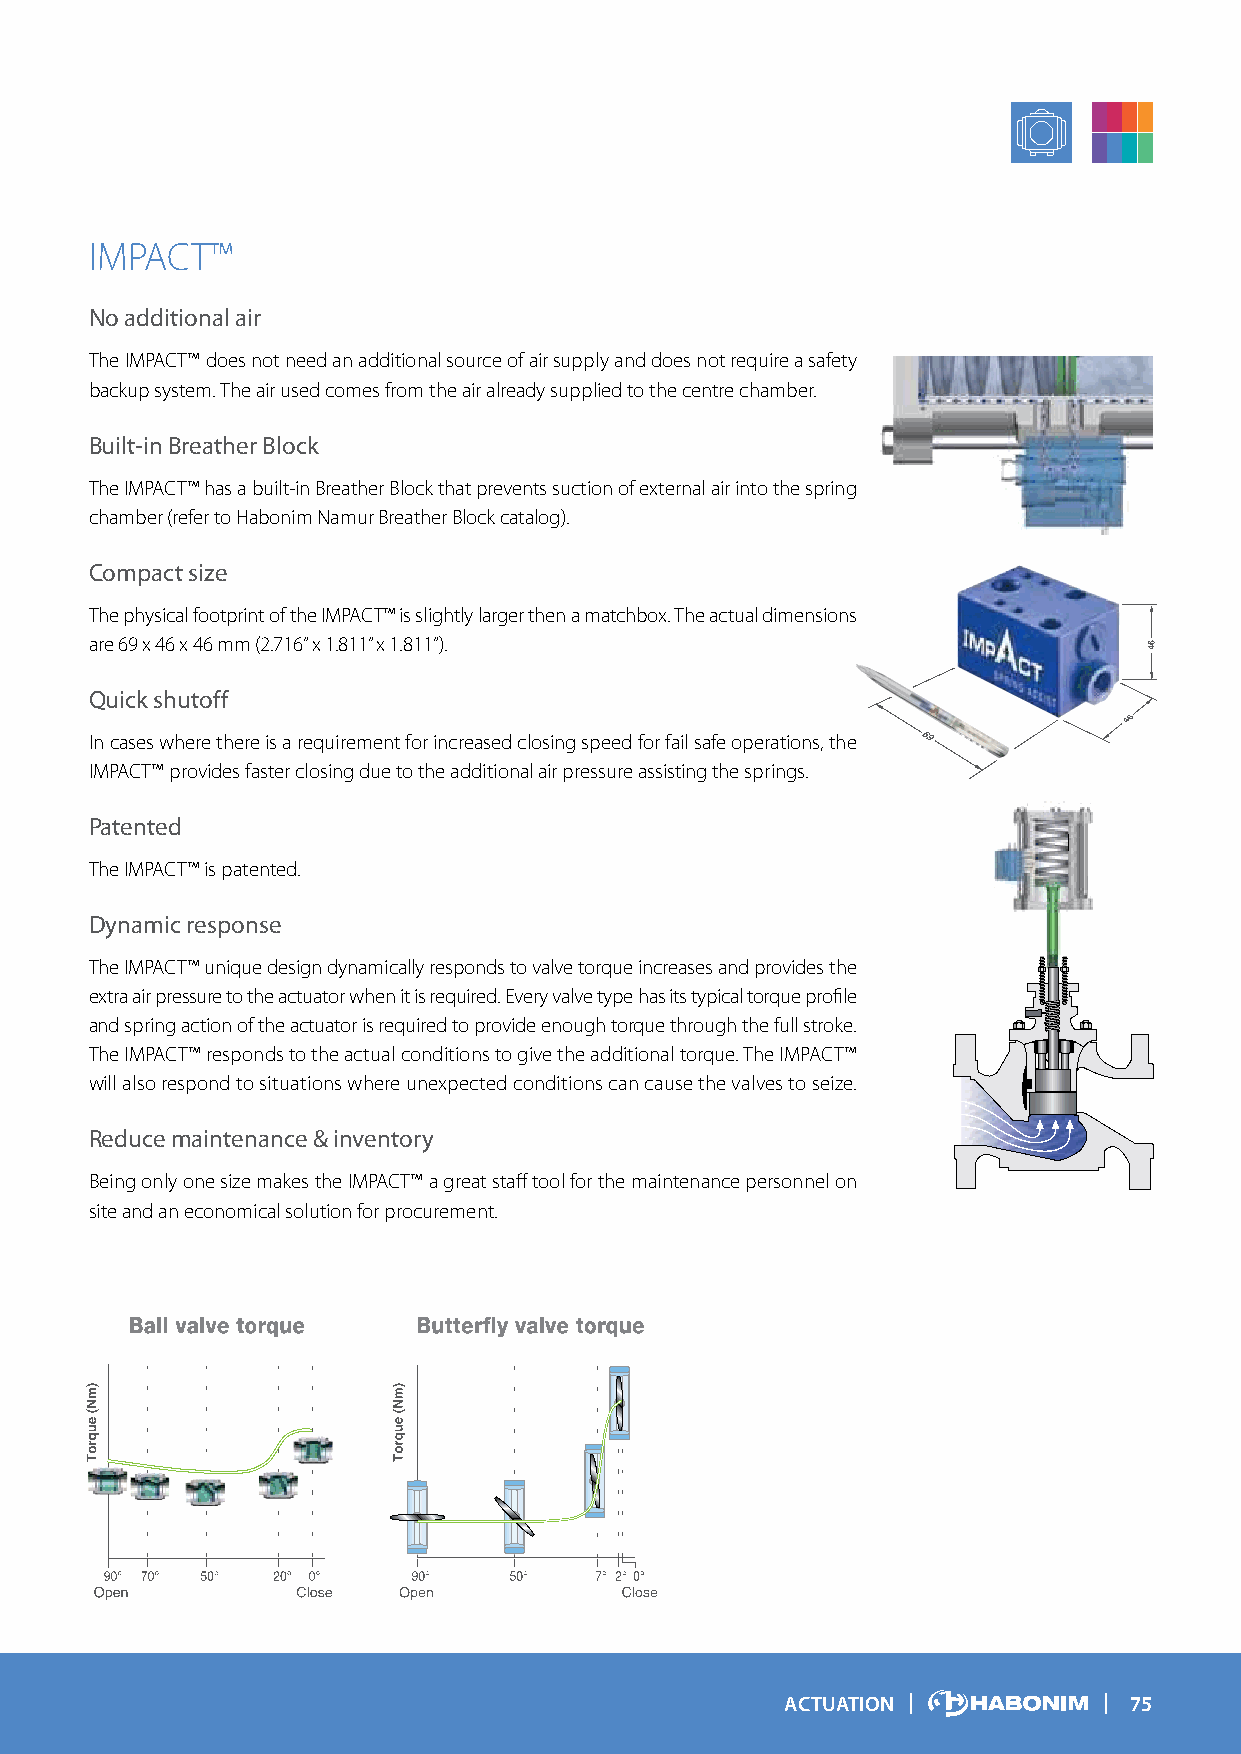
IMPACT™
 No additional air
 The IMPACT™ does not need an additional source of air supply and does not require a safety
 backup system. The air used comes from the air already supplied to the centre chamber.
 Built-in Breather Block
 The IMPACT™ has a built-in Breather Block that prevents suction of external air into the spring
 chamber (refer to Habonim Namur Breather Block catalog).
 Compact size
 The physical footprint of the IMPACT™ is slightly larger then a matchbox. The actual dimensions
 are 69 x 46 x 46 mm (2.716” x 1.811” x 1.811”).
 Quick shutoff
 In cases where there is a requirement for increased closing speed for fail safe operations, the
 IMPACT™ provides faster closing due to the additional air pressure assisting the springs.
 Patented
 The IMPACT™ is patented.
 Dynamic response
 The IMPACT™ unique design dynamically responds to valve torque increases and provides the
 extra air pressure to the actuator when it is required. Every valve type has its typical torque profile
 and spring action of the actuator is required to provide enough torque through the full stroke.
 The IMPACT™ responds to the actual conditions to give the additional torque. The IMPACT™
 will also respond to situations where unexpected conditions can cause the valves to seize.
 Reduce maintenance & inventory
 Being only one size makes the IMPACT™ a great staff tool for the maintenance personnel on
 site and an economical solution for procurement.
 ACTUATION              75